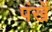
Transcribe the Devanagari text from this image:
पंखें